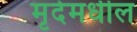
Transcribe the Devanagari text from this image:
मृदेमधील